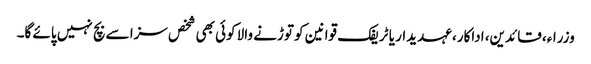
وزراء، قائدین، اداکار، عہدیدار یا ٹریفک قوانین کو توڑنے والا کوئی بھی شخص سزا سے بچ نہیں پائے گا۔